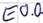
Text: E0.0